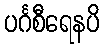
ပင်္ဂစီရေနပိ